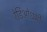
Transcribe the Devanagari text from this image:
रेडिओधर्मी